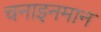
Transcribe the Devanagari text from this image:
चनाइनमान